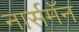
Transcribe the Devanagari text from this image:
नार्समॅन